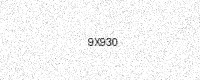
Text: 9X930